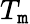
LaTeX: T_{\mathtt{m}}